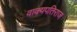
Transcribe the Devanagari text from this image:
वाक्यपतिराज